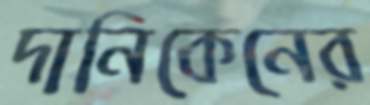
দানিকেনের